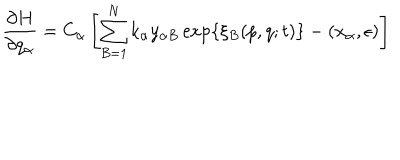
LaTeX: \frac { \partial H } { \partial q _ { \alpha } } = C _ { \alpha } \left[ \sum _ { B = 1 } ^ { N } k _ { \alpha } y _ { \alpha B } \exp \left\{ \xi _ { B } ( p , q ; t ) \right\} - ( x _ { \alpha } , \epsilon ) \right]